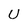
Character: U